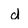
Character: d